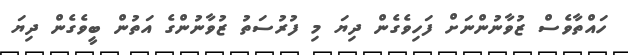
ހައްތާވެސް ޒުވާނުންނަށް ފަހިވެގެން ދިޔަ މި ފުރުސަތު ޒުވާނުންގެ އަތުން ބީވެގެން ދިޔަ